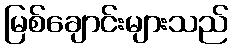
မြစ်ချောင်းများသည်